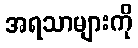
အရသာများကို